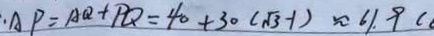
\therefore A P = A Q + P Q = 4 0 + 3 0 ( \sqrt { 3 } - 1 ) \approx 6 1 . 9 (